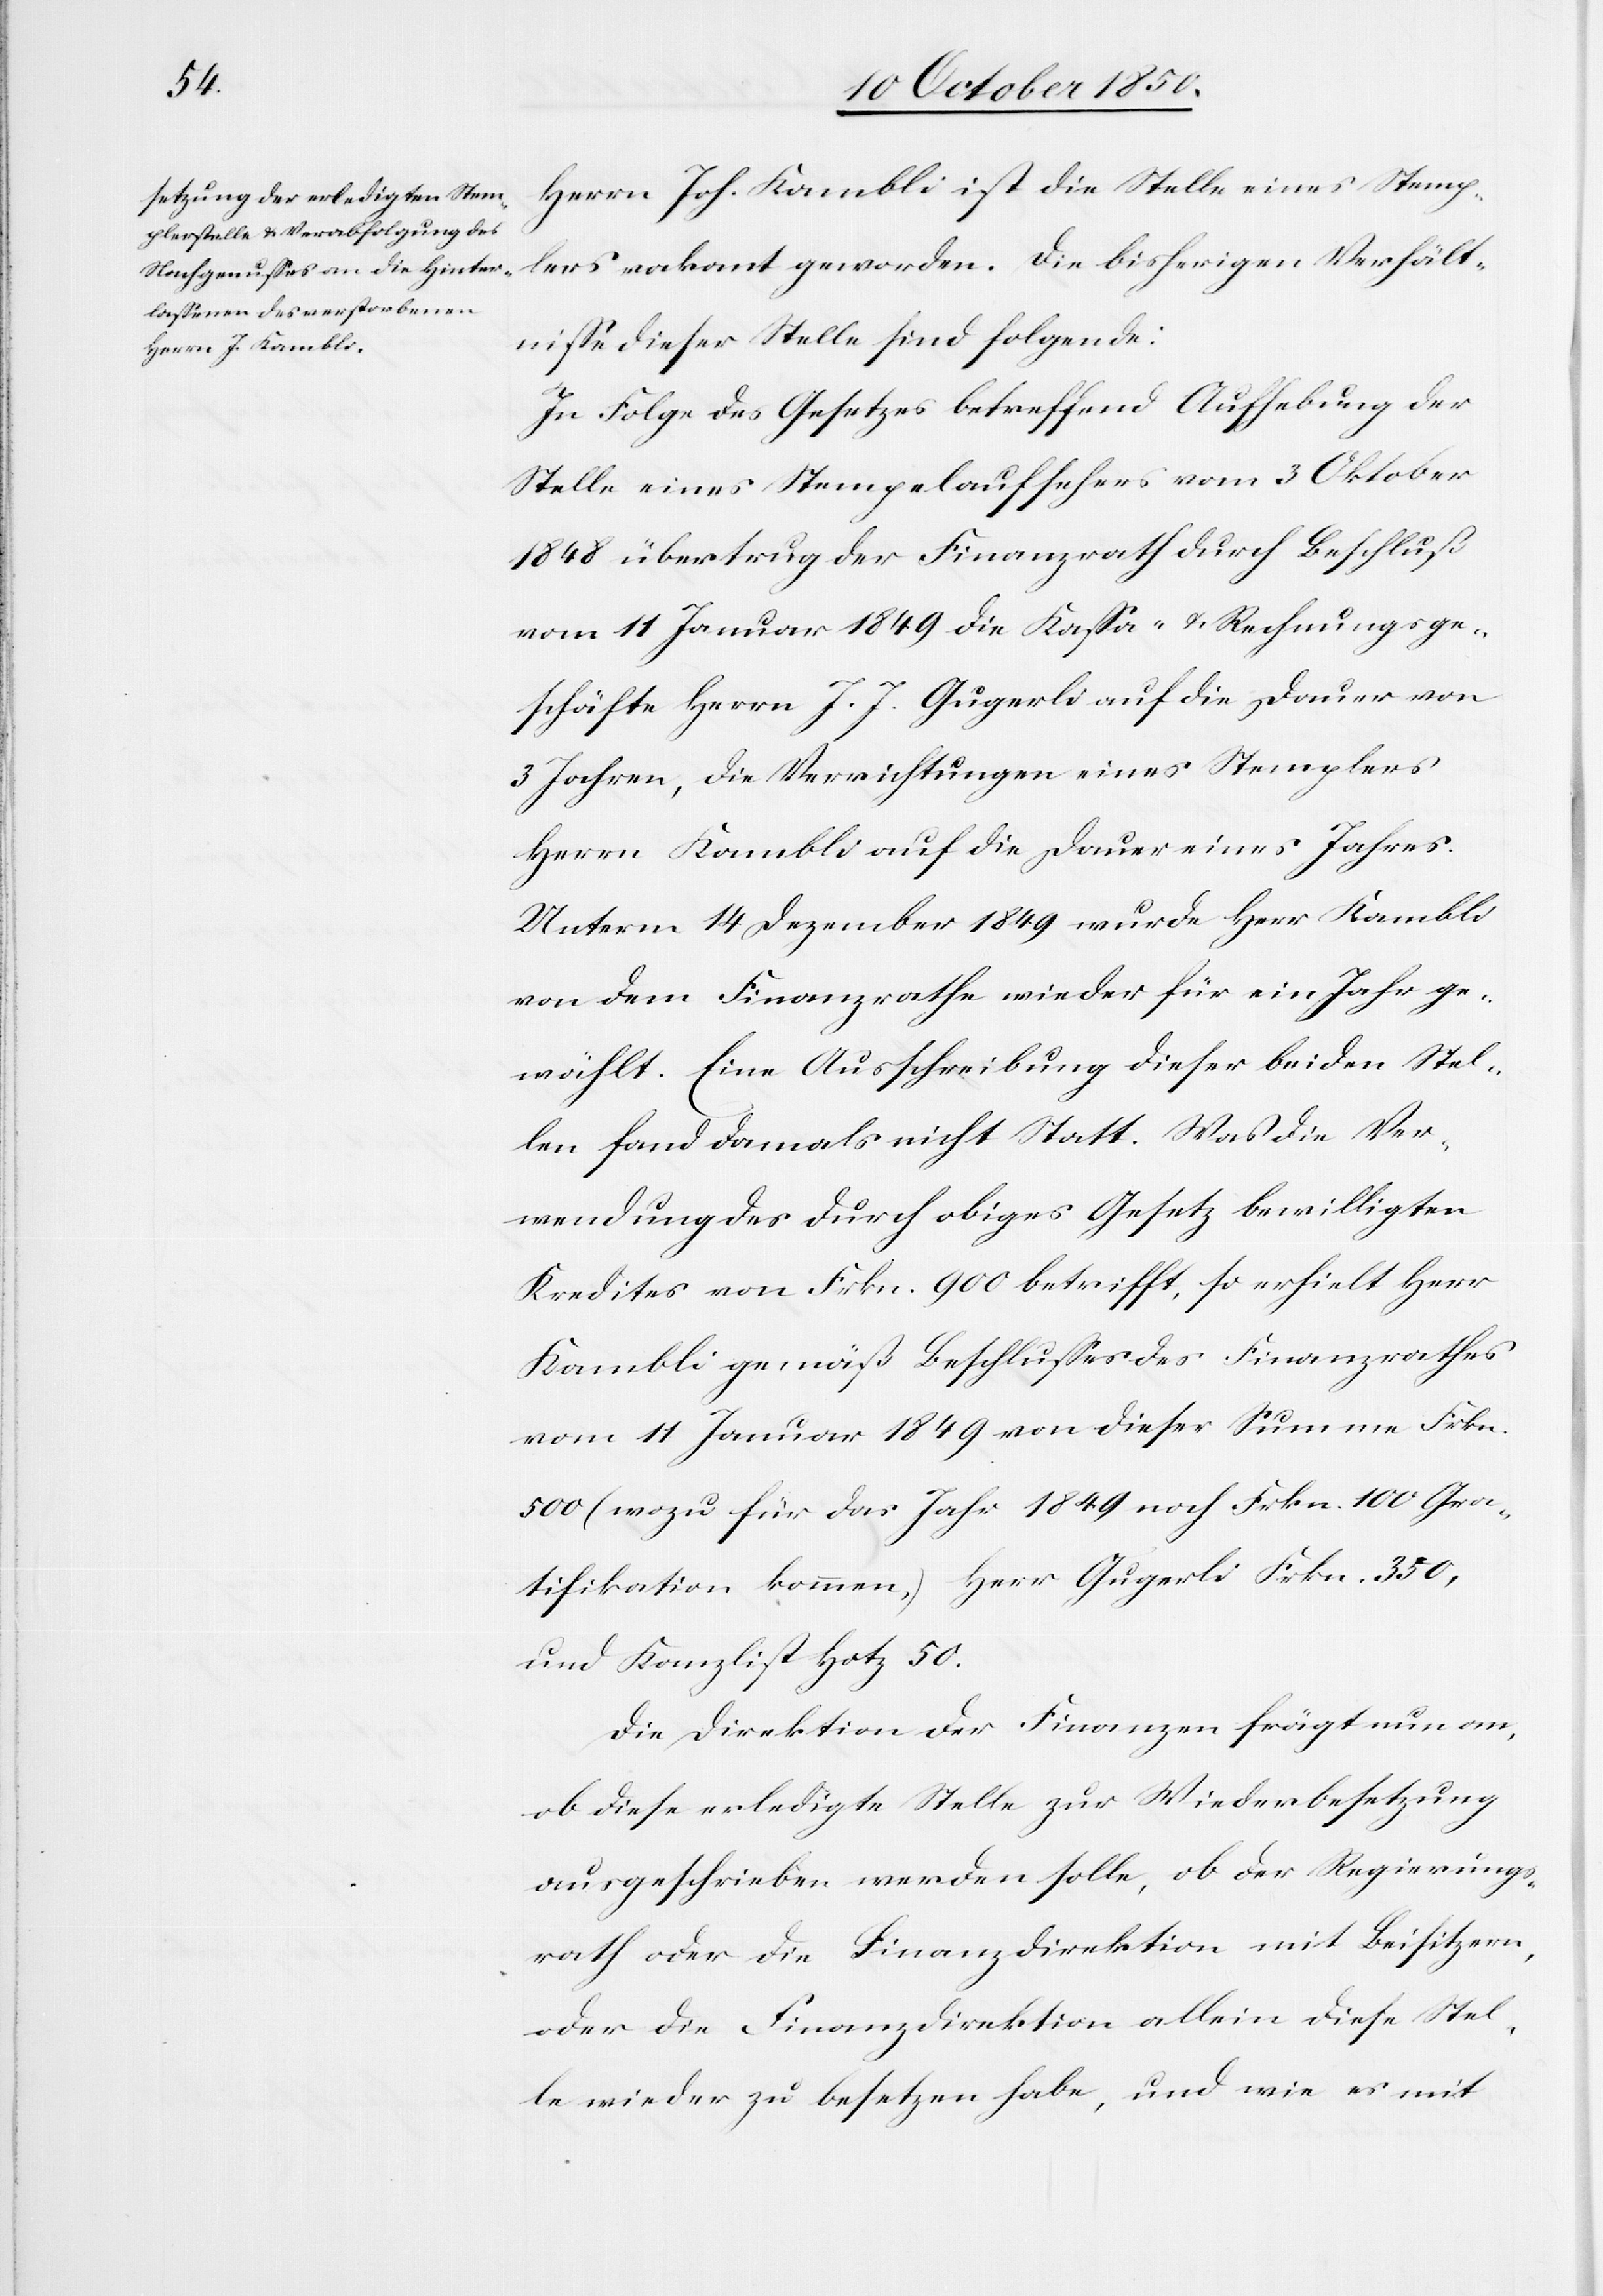
Verhä¬
Herrn Joh. Kambli ist die Stelle eines Stemplers
ltnisse dieser Stelle sind folgende:
In Folge des Gesetzes betreffend Aufhebung der
Stelle eines Stempelaufsehers vom 3 Oktober
1848 übertrug der Finanzrath durch Beschluß
vom 11 Januar 1849 die Kassa- u. Rechnungsge¬
schäfte Herrn J. J. Gugerli auf die Dauer von
3 Jahren, die Verrichtungen eines Stemplers
Herrn Kambli auf die Dauer eines Jahres.
Unterm 14 Dezember 1849 wurde Herr Kambli
von dem Finanzrathe wieder für ein Jahr ge¬
wählt. Eine Ausschreibung dieser beiden Stel¬
len fand damals nicht Statt. Was die Ver¬
wendung des durch obiges Gesetz bewilligten
Kredites von Frkn. 900 betrifft, so erhielt Herr
Kambli gemäß Beschlusses des Finanzrathes
vom 11 Januar 1849 von dieser Summe Frkn.
500 (wozu für das Jahr 1849 noch Frkn. 100 Gra¬
tifikation kommen,) Herr Gugerli Frkn. 350,
und Kanzlist Hotz 50.
Die Direktion der Finanzen frägt nun an,
ob diese erledigte Stelle zur Wiederbesetzung
ausgeschrieben werden solle, ob der Regierungs¬
rath oder die Finanzdirektion mit Beisitzern,
oder die Finanzdirektion allein diese Stel¬
le wieder zu besetzen habe, und wie es mit